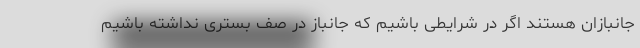
جانبازان هستند اگر در شرایطی باشیم که جانباز در صف بستری نداشته باشیم